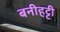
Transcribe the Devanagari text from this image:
बनीहट्टी